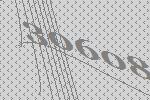
30608